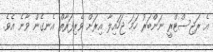
އެ ރަޖިސްޓްރީ ނަންބަރު ހަމަ ޖަހައިލާ އިރަށް ވެރިފަރާތް އެނގެން ވާނެ އެވެ.